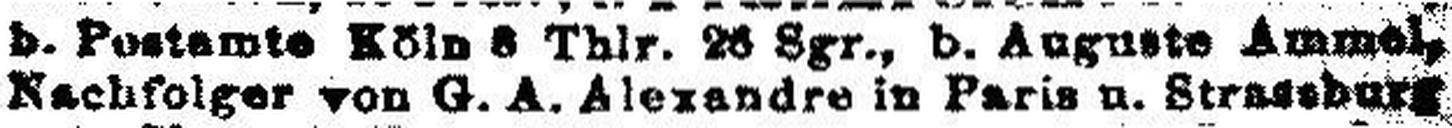
Nachfolger von G. A. Alexandre in Paris u. Stressburg